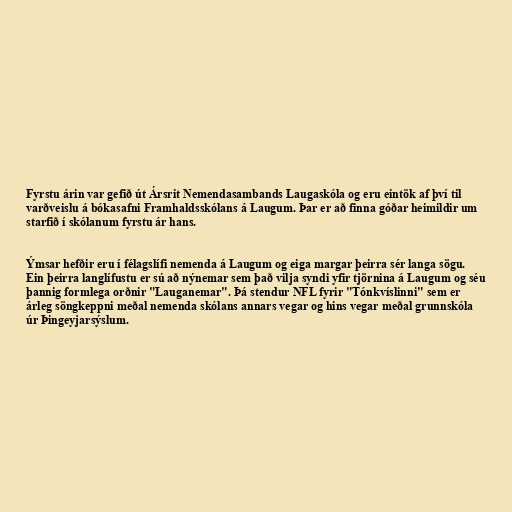
Fyrstu árin var gefið út Ársrit Nemendasambands Laugaskóla og eru eintök af því til
varðveislu á bókasafni Framhaldsskólans á Laugum. Þar er að finna góðar heimildir um
starfið í skólanum fyrstu ár hans.

Ýmsar hefðir eru í félagslífi nemenda á Laugum og eiga margar þeirra sér langa sögu.
Ein þeirra langlífustu er sú að nýnemar sem það vilja syndi yfir tjörnina á Laugum og séu
þannig formlega orðnir "Lauganemar". Þá stendur NFL fyrir "Tónkvíslinni" sem er
árleg söngkeppni meðal nemenda skólans annars vegar og hins vegar meðal grunnskóla
úr Þingeyjarsýslum.